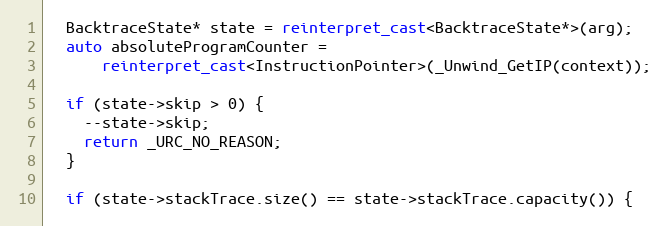
Language: C++
  BacktraceState* state = reinterpret_cast<BacktraceState*>(arg);
  auto absoluteProgramCounter =
      reinterpret_cast<InstructionPointer>(_Unwind_GetIP(context));

  if (state->skip > 0) {
    --state->skip;
    return _URC_NO_REASON;
  }

  if (state->stackTrace.size() == state->stackTrace.capacity()) {